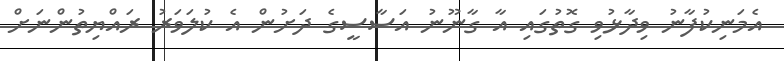
އެމަނިކުފާނު ވިދާޅުވި ގޮތުގައި އާ ގާނޫނު އަސާސީގެ ދަށުން އެ ކުލަވަރު ރައްޔިތުންނަށް